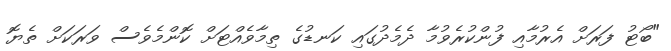
"ބޯޓު ފަރަށް އެރުމާއި ފުންކުރެވުމާ ދެމެދުގައި ކަނޑުގެ ތިމާވެއްޓަށް ކޮންމެވެސް ވަރަކަށް ތެޔޮ